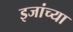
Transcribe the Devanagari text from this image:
इजांच्या